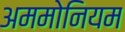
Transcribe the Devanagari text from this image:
अममोनियम